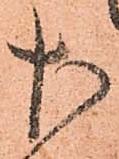
左